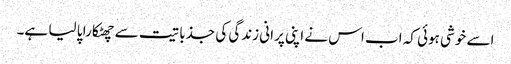
اسے خوشی ہوئی کہ اب اس نے اپنی پرانی زندگی کی جذباتیت سے چھٹکارا پا لیا ہے۔